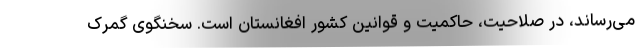
می‌رساند، در صلاحیت، حاکمیت و قوانین کشور افغانستان است. سخنگوی گمرک